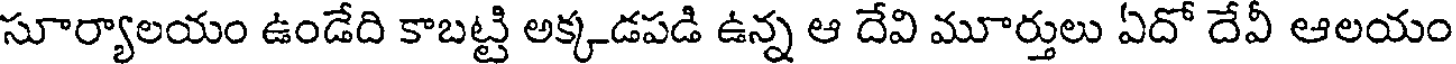
సూర్యాలయం ఉండేది కాబట్టి అక్కడపడి ఉన్న ఆ దేవి మూర్తులు ఏదో దేవీ ఆలయం